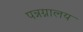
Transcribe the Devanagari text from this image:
पन्नग्नालय